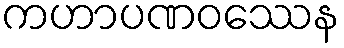
ကဟာပဏဝဿေန